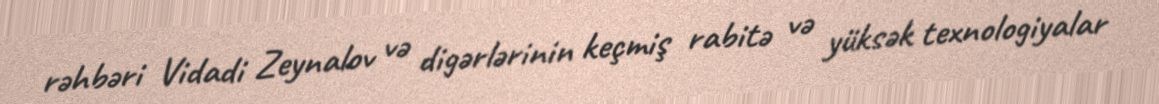
rəhbəri Vidadi Zeynalov və digərlərinin keçmiş rabitə və yüksək texnologiyalar